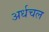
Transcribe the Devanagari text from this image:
अर्धचल